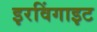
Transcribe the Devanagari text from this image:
इरविंगाइट